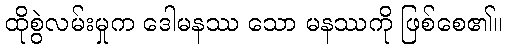
ထိုစွဲလမ်းမှုက ဒေါမနဿ သော မနဿကို ဖြစ်စေ၏။